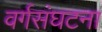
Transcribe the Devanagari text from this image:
वर्गसंघटना